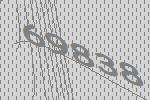
69838